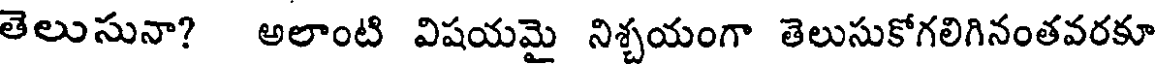
తెలుసునా? అలాంటి విషయమై నిశ్చయంగా తెలుసుకోగలిగినంతవరకూ